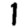
Digit: 1